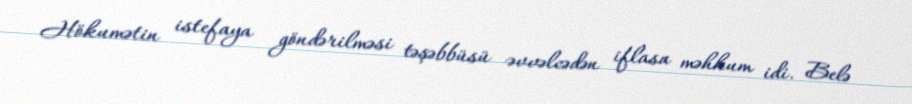
Hökumətin istefaya göndərilməsi təşəbbüsü əvvəlcədən iflasa məhkum idi. Belə